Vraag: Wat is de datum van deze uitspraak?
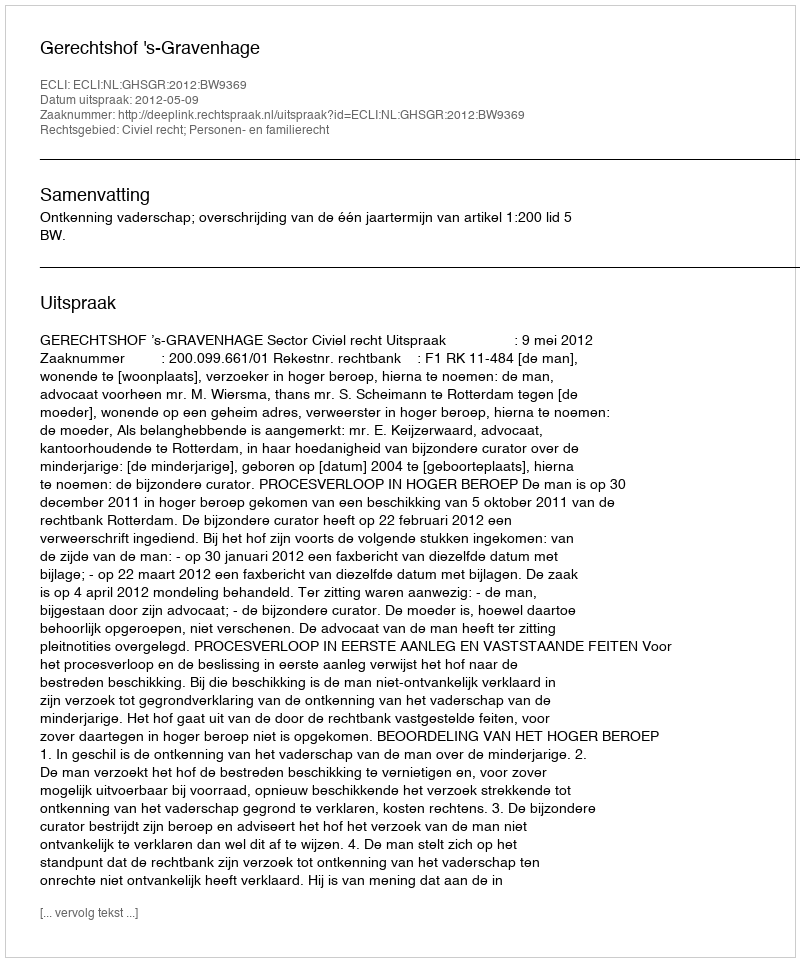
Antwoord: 2012-05-09